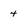
Character: 4